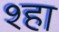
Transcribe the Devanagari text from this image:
श्हा